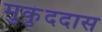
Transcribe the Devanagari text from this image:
मुकुंददास